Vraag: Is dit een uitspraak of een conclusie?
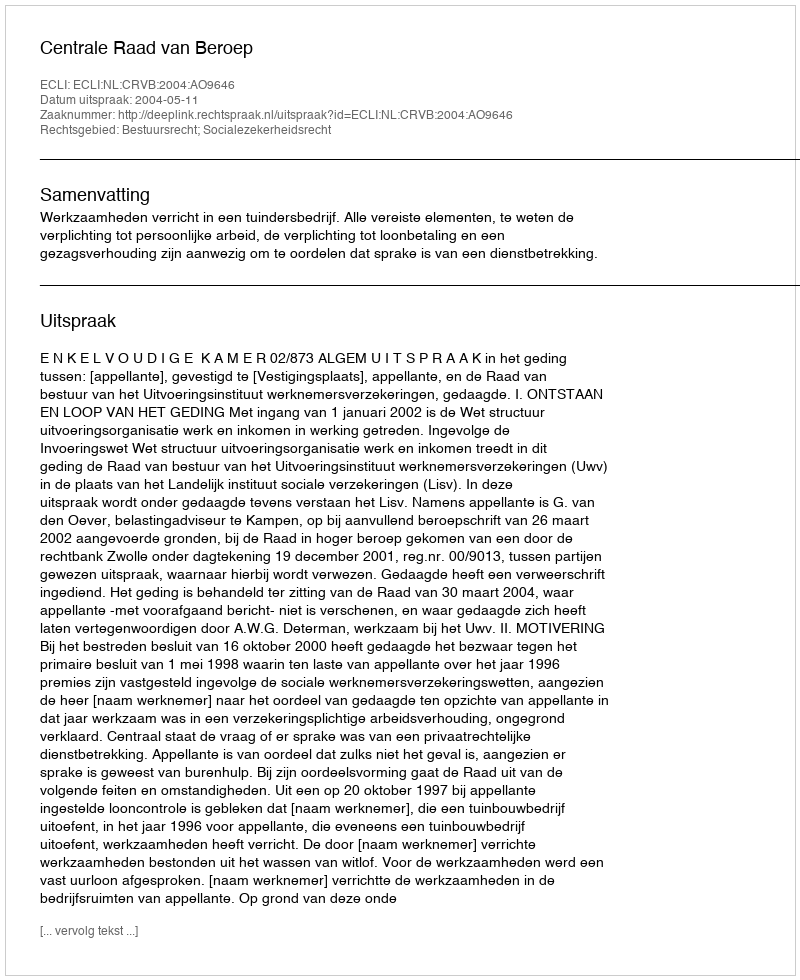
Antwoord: Uitspraak